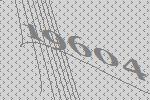
19604